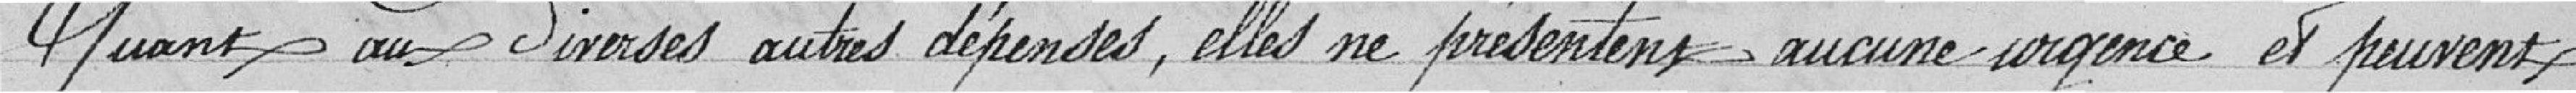
quant au diverses autres dépenses elles ne présentent aucune urgence et peuvent